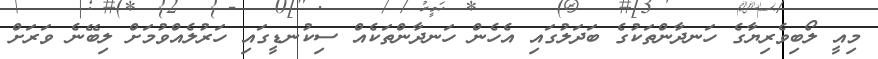
މިއީ ލޯބިވެރިޔާގެ ހަނދާންތަކުގެ ބަދަލުގައި އެހެން ހަނދާންތަކެއް ސިކުނޑީގައި ހަރުލެއްވުމަށް ލިބޭނެ ވަރަށް